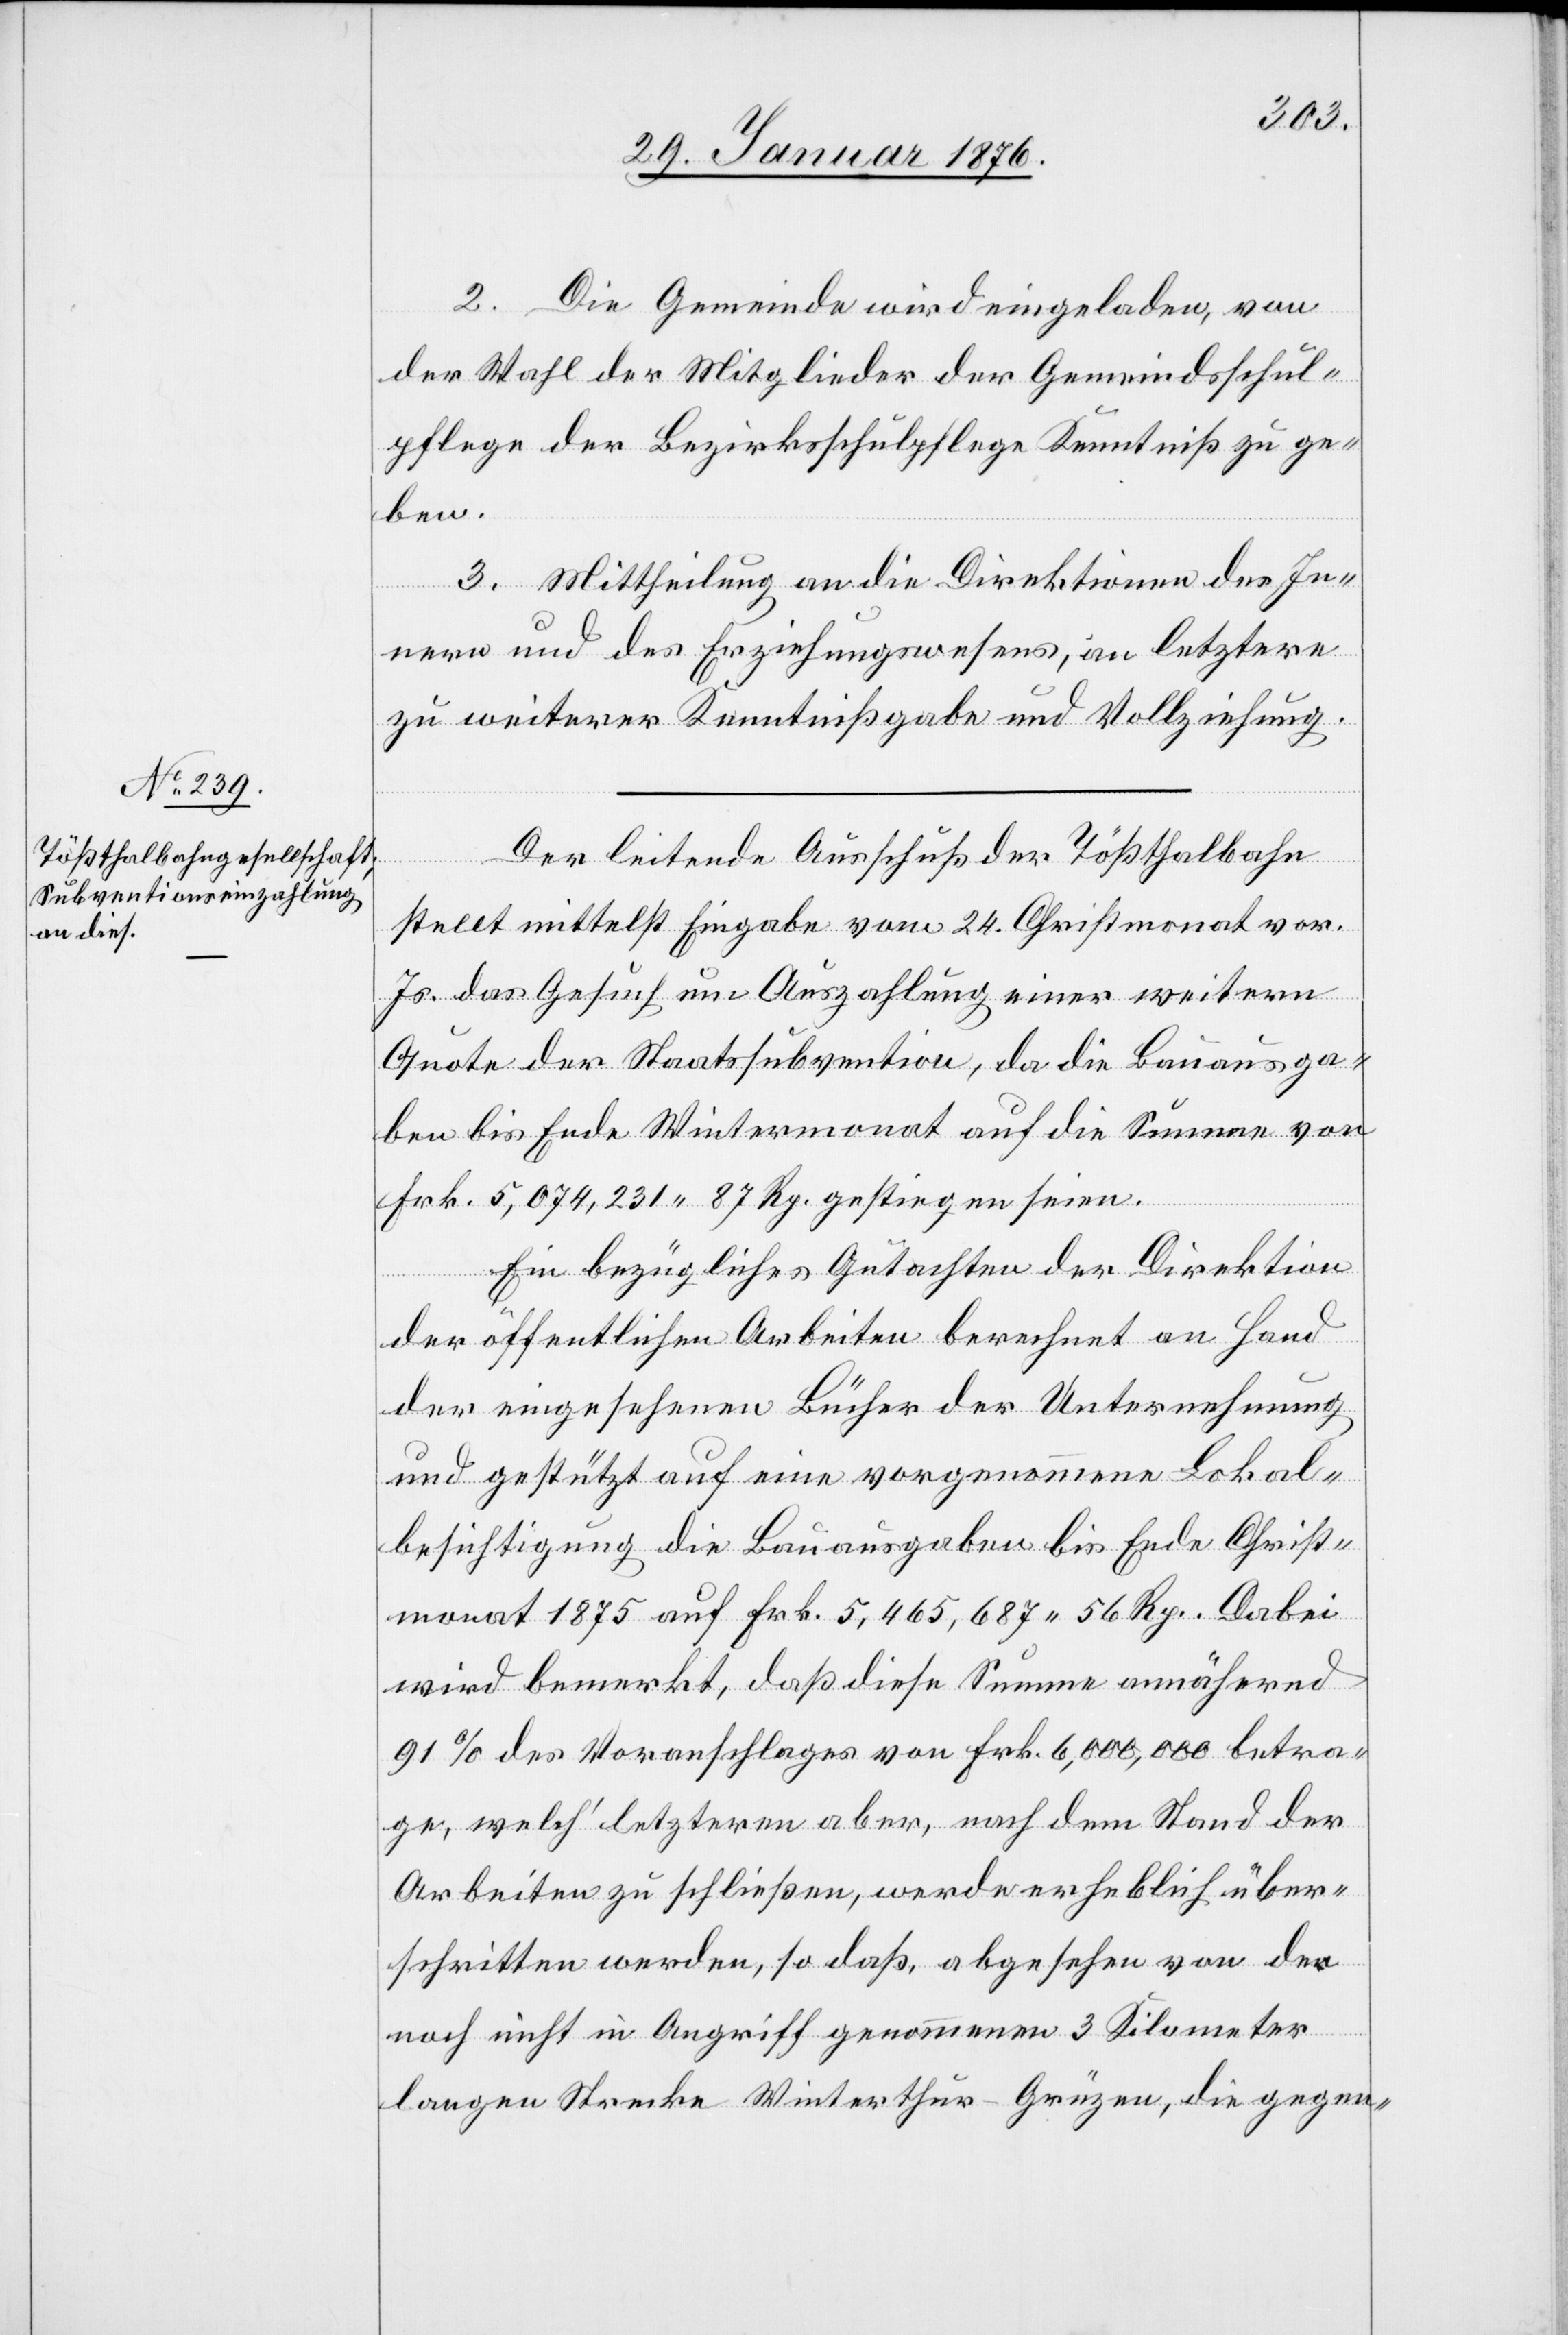
2. Die Gemeinde wird eingeladen, von
der Wahl der Mitglieder der Gemeindsschul¬
pflege der Bezirksschulpflege Kenntniß zu ge¬
ben.
3. Mittheilung an die Direktionen des In¬
nern und des Erziehungswesens, an letztere
zu weiterer Kenntnißgabe und Vollziehung.
Der leitende Ausschuß der Tößthalbahn
stellt mittelst Eingabe vom 24. Christmonat vor.
Js. das Gesuch um Auszahlung einer weitern
Quote der Staatssubvention, da die Bauausga¬
ben bis Ende Wintermonat auf die Summe von
Frk. 5,074,231 87 Rp. gestiegen seien.
Ein bezügliches Gutachten der Direktion
der öffentlichen Arbeiten berechnet an Hand
der eingesehenen Bücher der Unternehmung
und gestützt auf eine vorgenommene Lokal¬
besichtigung die Bauausgaben bis Ende Christ¬
monat 1875 auf Frk. 5,456,687 56 Rp. Dabei
wird bemerkt, daß diese Summe annähernd
91 % des Voranschlages von Frk. 6,000,000 betra¬
ge, welch’ letzteren [sic!] aber, nach dem Stand der
Arbeiten zu schließen, werde erheblich über¬
schritten werden, so daß, abgesehen von der
noch nicht in Angriff genommenen 3 Kilometer
langen Strecke Winterthur–Grüzen, die gegen-